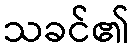
သခင်၏